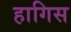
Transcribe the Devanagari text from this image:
हागिस